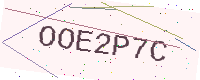
Text: OOE2P7C